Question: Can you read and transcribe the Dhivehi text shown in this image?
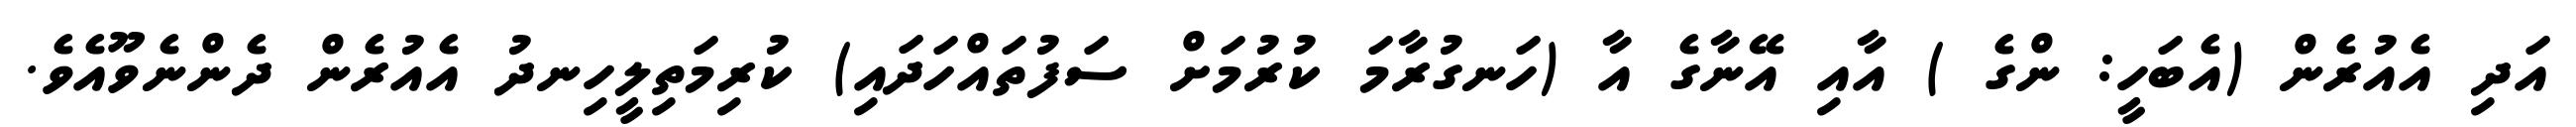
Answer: އަދި އެއުރެން (އެބަހީ: ންގެ ) އާއި އޭނާގެ އާ (ހަނގުރާމަ ކުރުމަށް ސަފުތައްހަދައި) ކުރިމަތިލީހިނދު އެއުރެން ދެންނެވޫއެވެ.